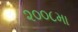
૨૦૦૮મા